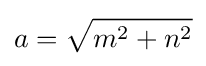
a={\sqrt {m^{2}+n^{2}}}